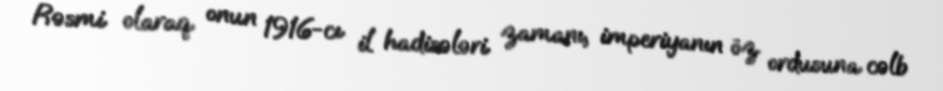
Rəsmi olaraq onun 1916-cı il hadisələri zamanı, imperiyanın öz ordusuna cəlb